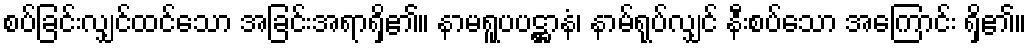
စပ်ခြင်းလျှင်ထင်သော အခြင်းအရာရှိ၏။ နာမရူပပဋ္ဌာနံ၊ နာမ်ရုပ်လျှင် နီးစပ်သော အကြောင်း ရှိ၏။